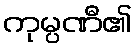
ကုမ္ပဏီ၏